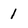
Character: 1